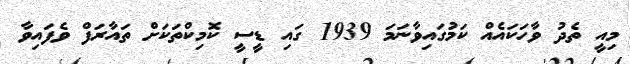
މިއީ ތެދު ވާހަކައެއް ކަމުގައިވާނަމަ 1939 ގައި ޑީސީ ކޮމިކްތަކަށް ތައާރަފް ވެފައިވާ